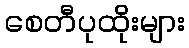
စေတီပုထိုးများ